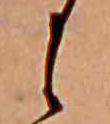
に